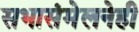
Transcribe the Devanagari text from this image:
सभासंमेलनेही